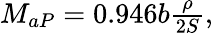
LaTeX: \begin{array}{r}{M_{aP}=0.946b\frac{\rho}{2S},}\end{array}